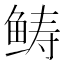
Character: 𩾂